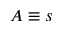
A \equiv s